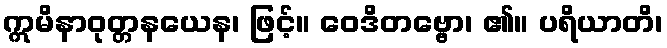
ဣမိနာဝုတ္တနယေန၊ ဖြင့်။ ဝေဒိတဗ္ဗော၊ ၏။ ပရိယာတိ၊